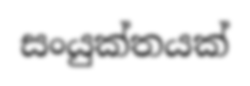
සංයුක්තයක්